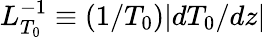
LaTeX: L_{T_{0}}^{-1}\equiv\left(1/T_{0}\right)|dT_{0}/dz|